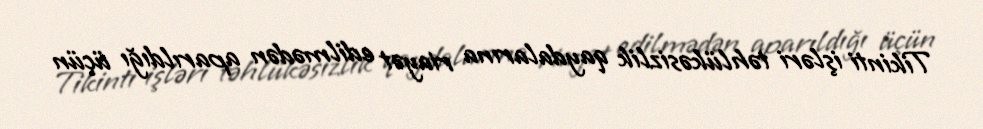
Tikinti işləri təhlükəsizlik qaydalarına riayət edilmədən aparıldığı üçün